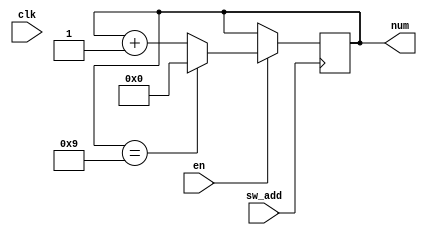
// counter 'd
module counter (
    sw_add, /*sw_sub,*/ num, en, clk
);
    input sw_add;
    // input sw_sub;
    input en;
    input clk;
    output[3:0] num;
    reg[3:0] num_temp; 
    wire sw_add_led; 
    initial begin
        num_temp = 0;
    end


    always @(posedge sw_add) begin
        if (en) begin
            if (num_temp == 9)
                num_temp = 0;
            else
                num_temp = num_temp + 1;
        end
    end    

    // always @(negedge sw_sub) begin
    //     if (en) begin
    //         if (num_temp == 0)
    //             num_temp = 9;
    //         else
    //             num_temp = num_temp - 1;
    //     end
    // end

    assign num = num_temp;
    // keyled keyled(clk, sw_add, sw_add_led);

endmodule